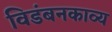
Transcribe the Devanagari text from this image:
विडंबनकाव्य